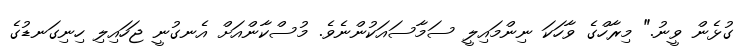
ގުޅެން ވީނު." މިރާހްގެ ވާހަކަ ނިންމައިލީ ސަމާސައަކުންނެވެ. މުސްކާންއަށް އެނގުނީ ޖަހައިލި ހިނިގަނޑުގެ